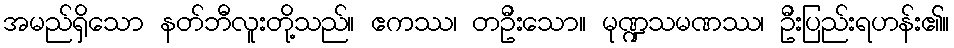
အမည်ရှိသော နတ်ဘီလူးတို့သည်။ ဧကဿ၊ တဦးသော။ မုဏ္ဍသမဏဿ၊ ဦးပြည်းရဟန်း၏။